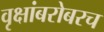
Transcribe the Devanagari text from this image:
वृक्षांबरोबरच